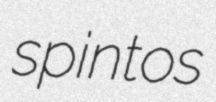
spintos